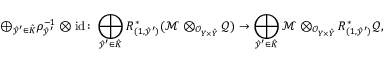
\begin{array} { r } { \displaystyle \oplus _ { \hat { y } ^ { \prime } \in \hat { K } } \rho _ { \hat { y } ^ { \prime } } ^ { - 1 } \otimes \operatorname { i d } \colon \displaystyle \bigoplus _ { \hat { y } ^ { \prime } \in \hat { K } } R _ { ( 1 , \hat { y } ^ { \prime } ) } ^ { * } ( \mathcal M \otimes _ { \mathcal O _ { Y \times \hat { Y } } } \mathcal Q ) \rightarrow \displaystyle \bigoplus _ { \hat { y } ^ { \prime } \in \hat { K } } \mathcal M \otimes _ { \mathcal O _ { Y \times \hat { Y } } } R _ { ( 1 , \hat { y } ^ { \prime } ) } ^ { * } \mathcal Q , } \end{array}